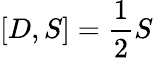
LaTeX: [D,S]={\frac{1}{2}}S